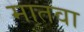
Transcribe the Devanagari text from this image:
मातवा